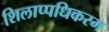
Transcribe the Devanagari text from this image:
शिलाप्पधिकरम